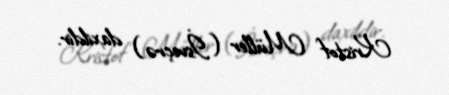
Kristof Müller (İsveçrə) daxildir.